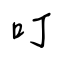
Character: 叮